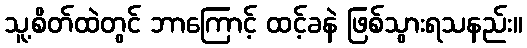
သူ့စိတ်ထဲတွင် ဘာကြောင့် ထင့်ခနဲ ဖြစ်သွားရသနည်း။